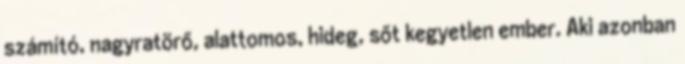
számító, nagyratörő, alattomos, hideg, sőt kegyetlen ember. Aki azonban